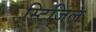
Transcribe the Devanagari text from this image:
स्टिजिल